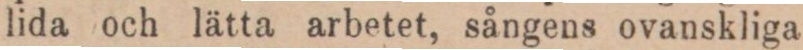
lida och lätta arbetet, sångens ovanskliga